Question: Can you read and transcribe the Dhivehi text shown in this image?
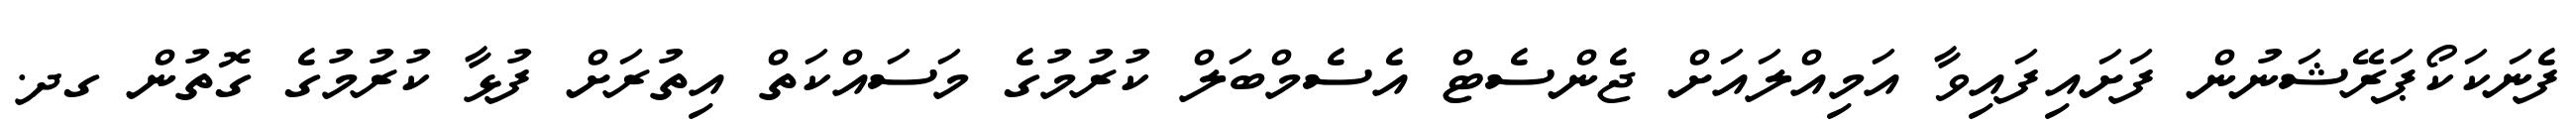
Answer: ފެނަކަކޯޕަރޭޝަނުން ފަށައިފައިވާ އަމިއްލައަށް ޖެންސެޓް އެސެމްބަލް ކުރުމުގެ މަސައްކަތް އިތުރަށް ފުޅާ ކުރުމުގެ ގޮތުން ގދ.